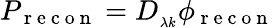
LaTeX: P_{\mathrm{~r~e~c~o~n~}}=D_{_{\lambda k}}\phi_{\mathrm{~r~e~c~o~n~}}